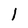
Character: l